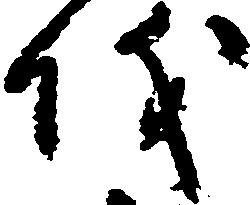
儀